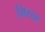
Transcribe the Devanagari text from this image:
मिथ्‍या